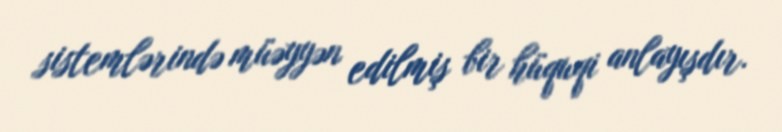
sistemlərində müəyyən edilmiş bir hüquqi anlayışdır.